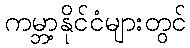
ကမ္ဘာ့နိုင်ငံများတွင်